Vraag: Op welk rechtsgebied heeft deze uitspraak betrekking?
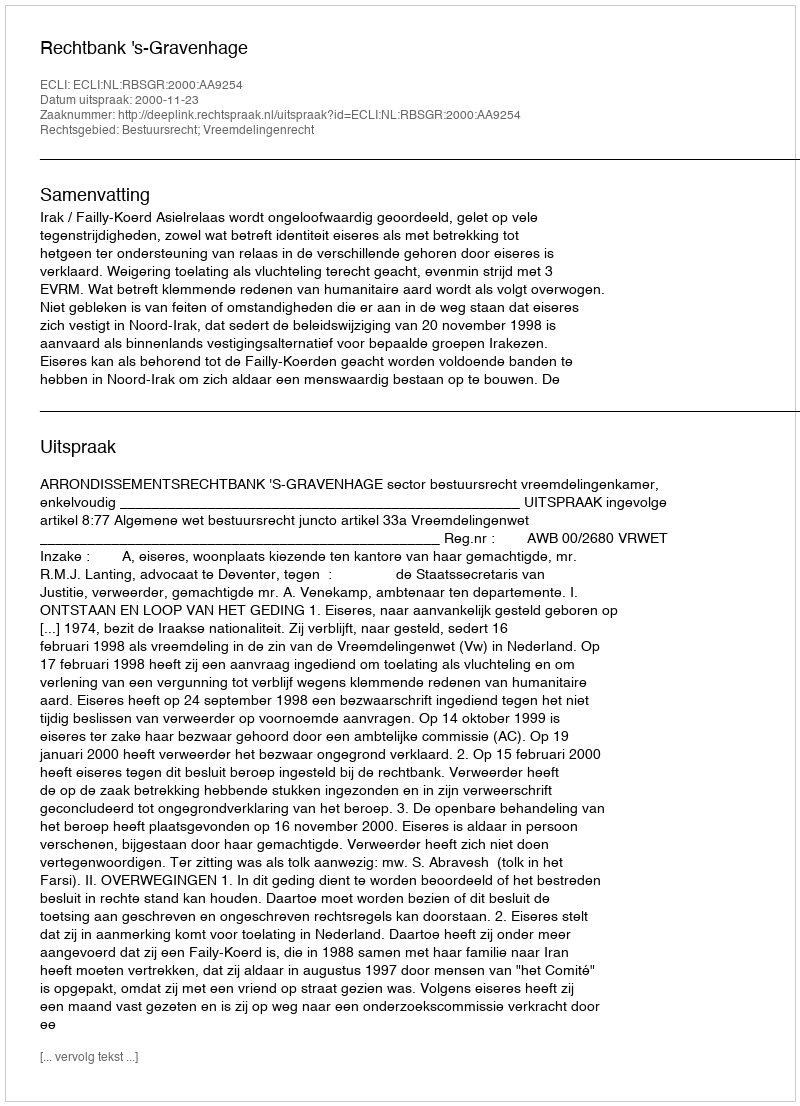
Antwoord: Bestuursrecht; Vreemdelingenrecht